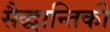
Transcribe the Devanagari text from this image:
सैद्धान्तिकी